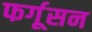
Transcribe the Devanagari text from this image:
फर्गूसन